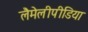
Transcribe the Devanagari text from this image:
लैमेलीपीडिया